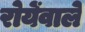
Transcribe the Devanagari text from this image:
रोयेंवाले